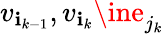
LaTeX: v_{\mathbf{i}_{k-1}},v_{\mathbf{i}_{k}}\ine_{j_{k}}